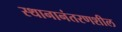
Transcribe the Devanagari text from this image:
स्थानानंतरणशील